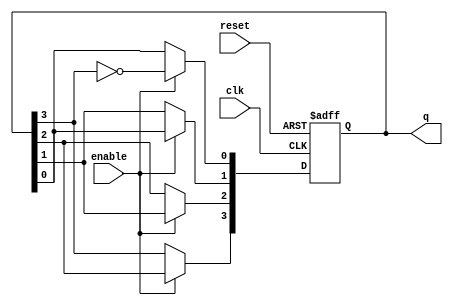
module johnson_counter (
    input wire clk,          // Clock input
    input wire enable,       // Enable signal
    input wire reset,        // Asynchronous reset signal
    output reg [3:0] q       // 4-bit output representing the counter state
);

    // Always block for the Johnson counter operation
    always @(posedge clk or posedge reset) begin
        if (reset) begin
            // Asynchronous reset: set all flip-flops to zero
            q <= 4'b0000;
        end else if (enable) begin
            // Johnson counter logic
            q[0] <= ~q[3];          // Invert the last flip-flop and feed it to the first
            q[1] <= q[0];           // Shift the state
            q[2] <= q[1];           // Shift the state
            q[3] <= q[2];           // Shift the state
        end
        // If enable is low, hold the current state (no action needed)
    end

endmodule